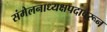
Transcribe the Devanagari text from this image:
संमेलनाध्यक्षपदावरून